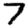
Digit: 7